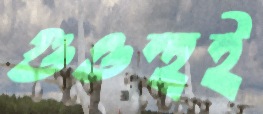
গুওহুই